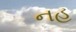
નહ